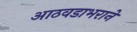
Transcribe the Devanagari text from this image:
आठवडाभराने